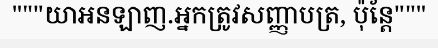
"""យាអនឡាញ.អ្នកត្រូវសញ្ញាបត្រ, ប៉ុន្តែ"""